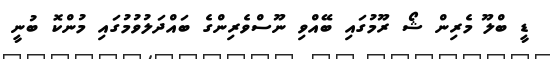
ޑީ ބްލޫ މެރިން ޝޯ ރޫމުގައި ބޭއްވި ނޫސްވެރިންގެ ބައްދަލުވުމުގައި މުންކޮ ބުނީ